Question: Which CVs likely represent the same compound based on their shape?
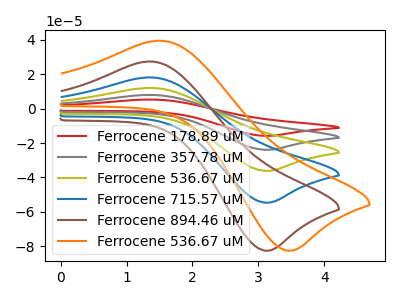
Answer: <think>The red curve "Ferrocene 178.89 uM" has an anodic peak at (1.35V, 72.25uA) and a cathodic peak at (3.15V, -218.45uA). The gray curve "Ferrocene 357.78 uM" has an anodic peak at (1.35V, 54.20uA) and a cathodic peak at (3.15V, -163.85uA). The olive curve "Ferrocene 536.67 uM" has an anodic peak at (1.35V, 36.15uA) and a cathodic peak at (3.15V, -109.25uA). The blue curve "Ferrocene 715.57 uM" has an anodic peak at (1.35V, 18.05uA) and a cathodic peak at (3.15V, -54.60uA). The brown curve "Ferrocene 894.46 uM" has an anodic peak at (1.35V, 27.30uA) and a cathodic peak at (3.15V, -82.50uA). The orange curve "Ferrocene 536.67 uM" has an anodic peak at (1.50V, 39.35uA) and a cathodic peak at (3.50V, -82.50uA).
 All the peaks in "Ferrocene 178.89 uM" have a peak in "Ferrocene 357.78 uM" at the same potential. Every peak in "Ferrocene 178.89 uM" is higher than every peak in "Ferrocene 357.78 uM". All the peaks in "Ferrocene 178.89 uM" have a peak in "Ferrocene 536.67 uM" at the same potential. Every peak in "Ferrocene 178.89 uM" is higher than every peak in "Ferrocene 536.67 uM". All the peaks in "Ferrocene 178.89 uM" have a peak in "Ferrocene 715.57 uM" at the same potential. Every peak in "Ferrocene 178.89 uM" is higher than every peak in "Ferrocene 715.57 uM". All the peaks in "Ferrocene 178.89 uM" have a peak in "Ferrocene 894.46 uM" at the same potential. Every peak in "Ferrocene 178.89 uM" is higher than every peak in "Ferrocene 894.46 uM". "Ferrocene 178.89 uM" and "Ferrocene 536.67 uM" have at least one peak that do not match. All the peaks in "Ferrocene 357.78 uM" have a peak in "Ferrocene 536.67 uM" at the same potential. Every peak in "Ferrocene 357.78 uM" is higher than every peak in "Ferrocene 536.67 uM". All the peaks in "Ferrocene 357.78 uM" have a peak in "Ferrocene 715.57 uM" at the same potential. Every peak in "Ferrocene 357.78 uM" is higher than every peak in "Ferrocene 715.57 uM". All the peaks in "Ferrocene 357.78 uM" have a peak in "Ferrocene 894.46 uM" at the same potential. Every peak in "Ferrocene 357.78 uM" is higher than every peak in "Ferrocene 894.46 uM". "Ferrocene 357.78 uM" and "Ferrocene 536.67 uM" have at least one peak that do not match. All the peaks in "Ferrocene 536.67 uM" have a peak in "Ferrocene 715.57 uM" at the same potential. Every peak in "Ferrocene 536.67 uM" is higher than every peak in "Ferrocene 715.57 uM". All the peaks in "Ferrocene 536.67 uM" have a peak in "Ferrocene 894.46 uM" at the same potential. Every peak in "Ferrocene 536.67 uM" is higher than every peak in "Ferrocene 894.46 uM". "Ferrocene 536.67 uM" and "Ferrocene 536.67 uM" have at least one peak that do not match. All the peaks in "Ferrocene 715.57 uM" have a peak in "Ferrocene 894.46 uM" at the same potential. Every peak in "Ferrocene 715.57 uM" is lower than every peak in "Ferrocene 894.46 uM". "Ferrocene 715.57 uM" and "Ferrocene 536.67 uM" have at least one peak that do not match. "Ferrocene 894.46 uM" and "Ferrocene 536.67 uM" have at least one peak that do not match.</think>
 <answer>"Ferrocene 894.46 uM", "Ferrocene 178.89 uM", "Ferrocene 357.78 uM", "Ferrocene 536.67 uM" and "Ferrocene 715.57 uM" have the same shape and are likely CV's of the same chemical.</answer>
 <eval>"Ferrocene 894.46 uM" "Ferrocene 178.89 uM" "Ferrocene 357.78 uM" "Ferrocene 536.67 uM" "Ferrocene 715.57 uM"</eval>